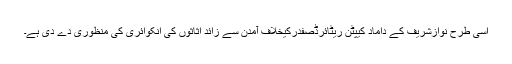
اسی طرح نوازشریف کے داماد کیپٹن ریٹائرڈصفدرکیخلاف آمدن سے زائد اثاثوں کی انکوائری کی منظوری دے دی ہے۔